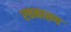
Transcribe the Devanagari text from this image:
रचनारूप